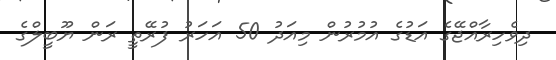
ދިވެހިރާއްޖޭގެ އަޑުގެ އުމުރުން މިއަދު 50 އަހަރު ފުރޭތީ ރަން ޔޫބީލްގެ